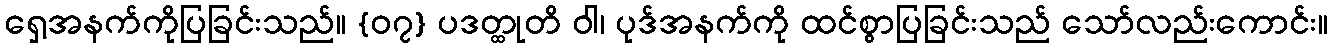
ရှေ့အနက်ကိုပြခြင်းသည်။ {၀၇} ပဒတ္ထုတိ ဝါ၊ ပုဒ်အနက်ကို ထင်စွာပြခြင်းသည် သော်လည်းကောင်း။